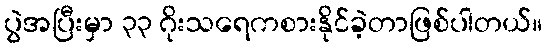
ပွဲအပြီးမှာ ၃၃ ဂိုးသရေကစားနိုင်ခဲ့တာဖြစ်ပါတယ်။